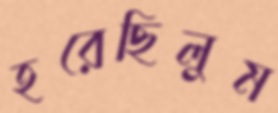
হরেছিলুম